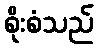
စိုးစံသည်